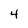
Character: 4